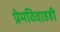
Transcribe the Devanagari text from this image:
प्रेमविवाहही